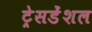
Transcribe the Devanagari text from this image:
ट्रेसडेंशल